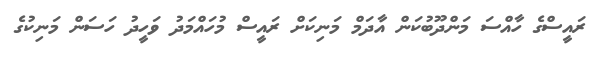
ރައީސްގެ ހާއްސަ މަންދޫބުކަން އާދަމް މަނިކަށް ރައީސް މުހައްމަދު ވަހީދު ހަސަން މަނިކުގެ